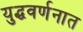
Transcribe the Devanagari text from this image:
युद्धवर्णनात